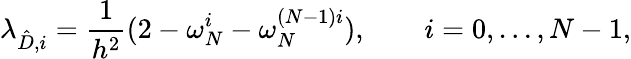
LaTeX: \lambda_{\hat{D},i}=\frac{1}{h^{2}}(2-\omega_{N}^{i}-\omega_{N}^{(N-1)i}),\qquad i=0,\ldots,N-1,